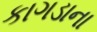
કાગડાના